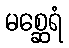
မစ္ဆေရံ